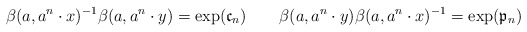
\begin{align*} \beta(a,a^{n}\cdot x)^{-1}\beta(a,a^{n}\cdot y)=\exp(\mathfrak{c}_n)\quad\quad\beta(a,a^{n}\cdot y)\beta(a,a^{n}\cdot x)^{-1}=\exp(\mathfrak{p}_n)\end{align*}